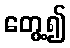
တွေ့၍